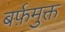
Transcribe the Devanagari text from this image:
बर्फ़मुक्त